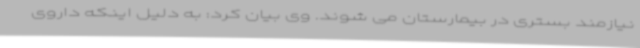
نیازمند بستری در بیمارستان می شوند. وی بیان کرد: به دلیل اینکه داروی